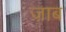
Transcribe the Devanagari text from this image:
ज़ाब